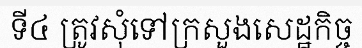
ទី៤ ត្រូវសុំទៅក្រសួងសេដ្ឋកិច្ច